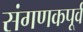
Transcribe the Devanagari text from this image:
संगणकपूर्व